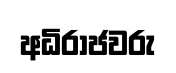
අධිරාජවරු